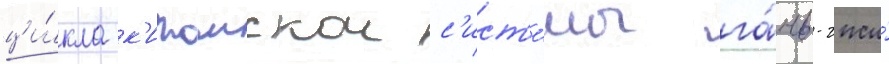
ци́кла к'итаискои с'ист'е́мы га́нь-чжи́